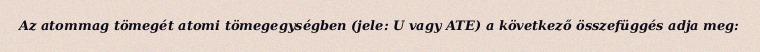
Az atommag tömegét atomi tömegegységben (jele: U vagy ATE) a következő összefüggés adja meg: